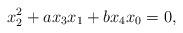
LaTeX: \begin{align*}x_2^2+ax_3x_1+bx_4x_0=0,\end{align*}